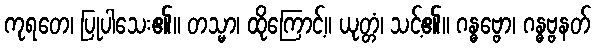
ကုရတေ၊ ပြုပါသေး၏။ တသ္မာ၊ ထိုကြောင့်။ ယုတ္တံ၊ သင့်၏။ ဂန္ဓဗ္ဗော၊ ဂန္ဓဗ္ဗနတ်